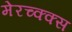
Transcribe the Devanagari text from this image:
मेरच्क्क्स